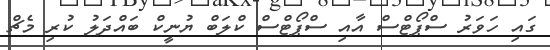
ގައި ހަވަރު ސްޕޯޓްސް އާއި ސްޕޯޓްސް ކްލަބް ޔުނީކް ބައްދަލު ކުރި މެޗް